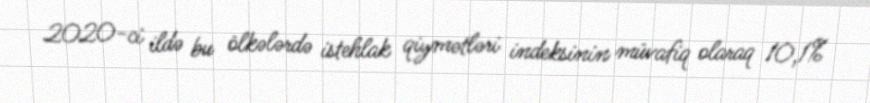
2020-ci ildə bu ölkələrdə istehlak qiymətləri indeksinin müvafiq olaraq 10,1%